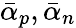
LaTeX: \bar{\alpha}_{p},\bar{\alpha}_{n}